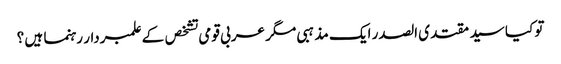
تو کیا سید مقتدی الصدر ایک مذہبی مگر عربی قومی تشخص کے علمبردار رہنما ہیں ؟